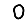
Digit: 0